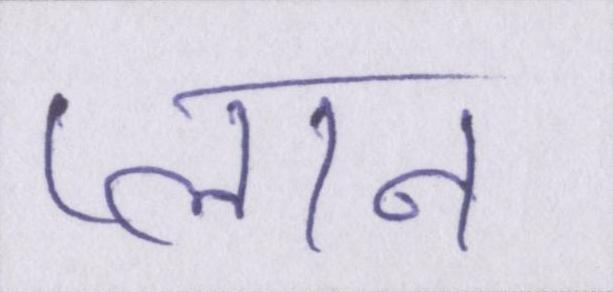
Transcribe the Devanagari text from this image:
प्लान